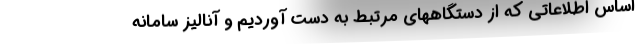
اساس اطلاعاتی که از دستگاههای مرتبط به دست آوردیم و آنالیز سامانه